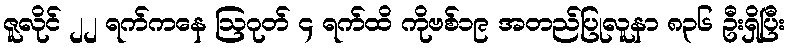
ဇူလိုင် ၂၂ ရက်ကနေ ဩဂုတ် ၄ ရက်ထိ ကိုဗစ်၁၉ အတည်ပြုလူနာ ၈၃၆ ဦးရှိပြီး